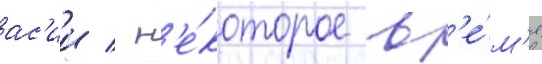
ас'ии / н'е́которое вр'е́м'я